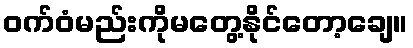
ဝက်ဝံမည်းကိုမတွေ့နိုင်တော့ချေ။